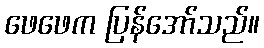
ဖေဖေက ပြန်အော်သည်။